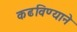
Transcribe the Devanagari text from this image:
कढविण्याने